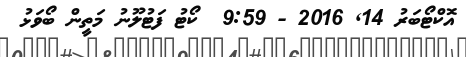
އޮކްޓޯބަރު 14